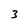
Character: 3